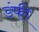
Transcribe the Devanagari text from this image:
डंफी